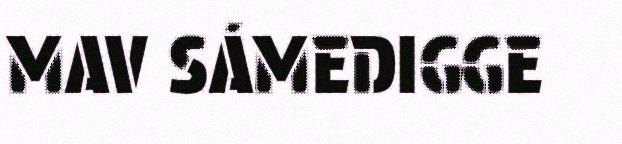
MAV SÁMEDIGGE